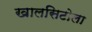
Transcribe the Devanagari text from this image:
खालसिटोला